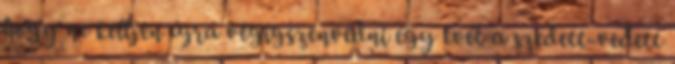
hogy ne kelljen újra végigszenvedni egy évet a szedett-vedett